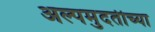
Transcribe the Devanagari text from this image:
अल्पमुदतीच्या